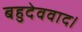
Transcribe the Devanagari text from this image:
बहुदेववाद।